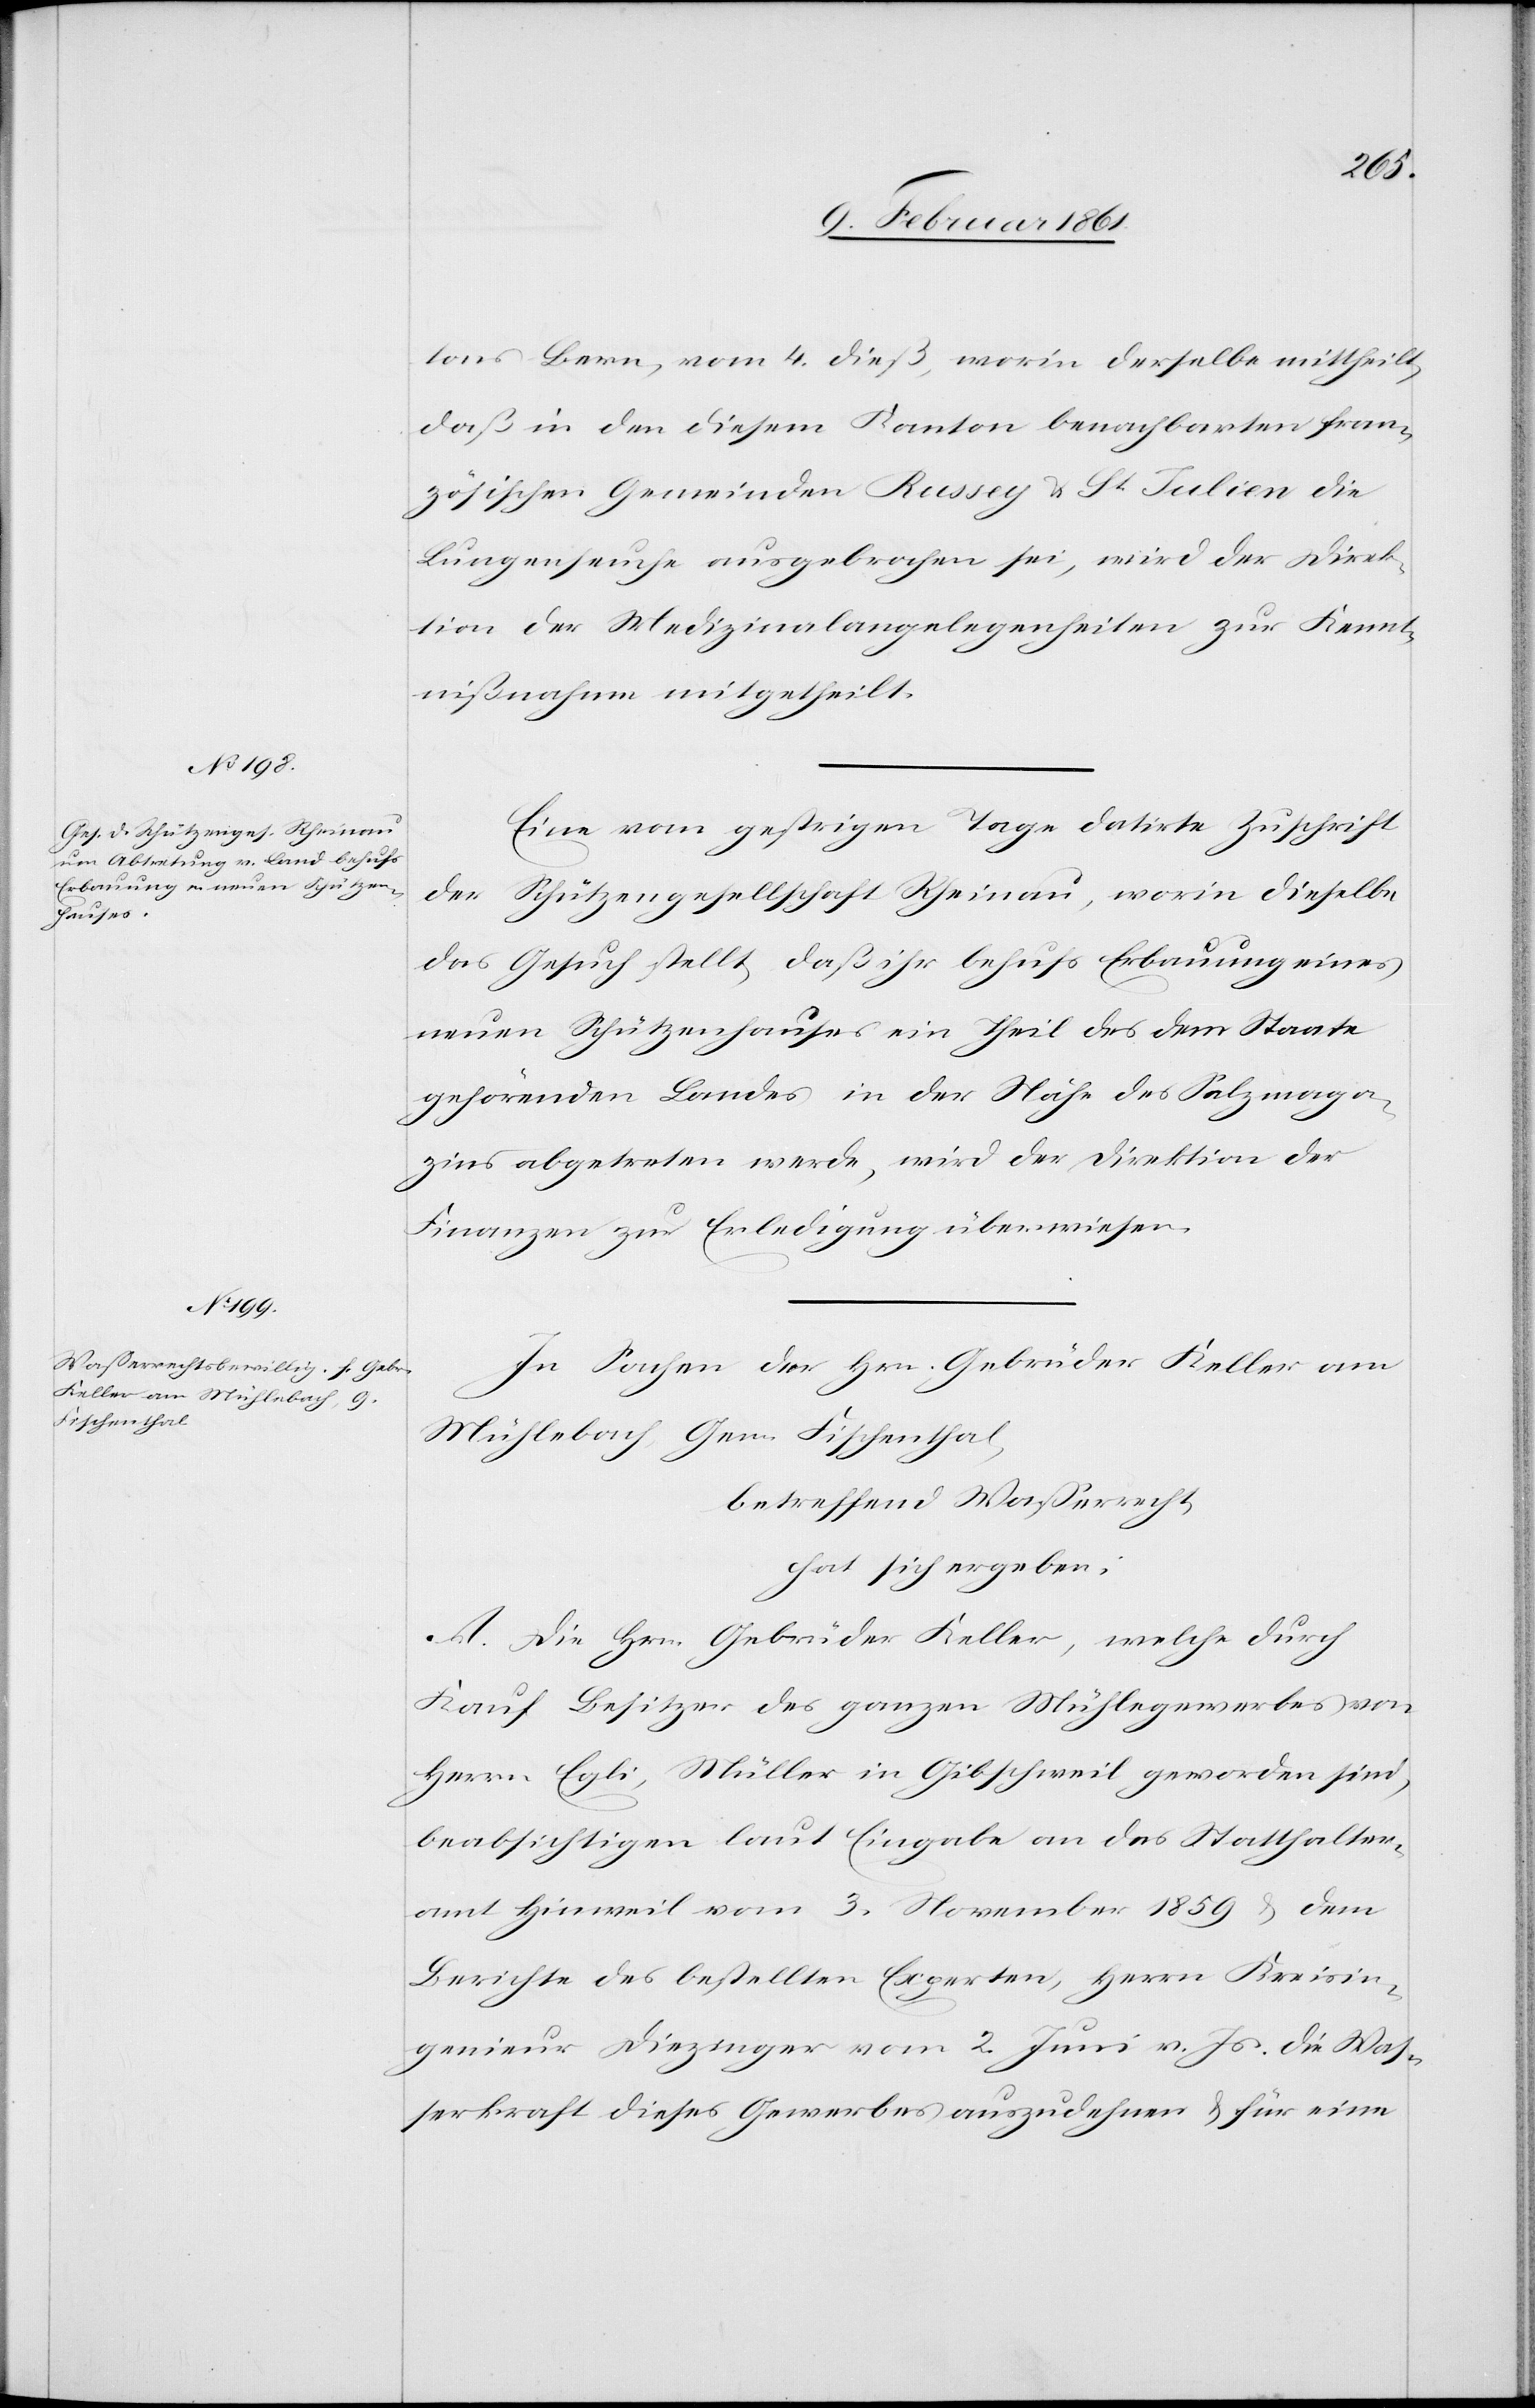
tons Bern, vom 4. dieß, worin derselbe mittheilt,
daß in den diesem Kanton benachbarten fran¬
zösischen Gemeinden Russey u. St. Julien die
Lungenseuche ausgebrochen sei, wird der Direk¬
tion der Medizinalangelegenheiten zur Kennt¬
nißnahme mitgetheilt.
Eine vom gestrigen Tage datirte Zuschrift
der Schützengesellschaft Rheinau, worin dieselbe
das Gesuch stellt, daß ihr behufs Erbauung eines
neuen Schützenhauses ein Theil des dem Staate
gehörenden Landes in der Nähe des Salzmaga¬
zins abgetreten werde, wird der Direktion der
Finanzen zur Erledigung überwiesen.
In Sachen der Hrn. Gebrüder Keller am
Mühlebach Gem. Fischenthal,
betreffend Wasserrecht,
hat sich ergeben:
A. Die Hrn. Gebrüder Keller, welche durch
Kauf Besitzer des ganzen Mühlegewerbes von
Herrn Egli, Müller in Gibschweil geworden sind,
beabsichtigen laut Eingabe an das Statthalter¬
amt Hinweil vom 3. November 1859 u. dem
Berichte des bestellten Experten, Herrn Kreisin¬
genieur Diezinger vom 2. Juni v. Js. die Was¬
serkraft dieses Gewerbes auszudehnen u. für eine